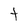
Character: T